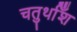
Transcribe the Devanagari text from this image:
चतुर्थाँश